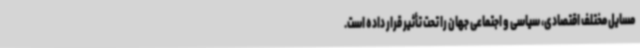
مسایل مختلف اقتصادی، سیاسی و اجتماعی جهان را تحت تأثیر قرار داده است.